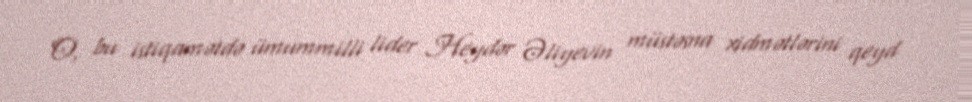
O, bu istiqamətdə ümummilli lider Heydər Əliyevin müstəsna xidmətlərini qeyd